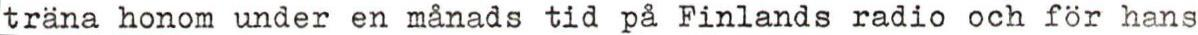
träna honom under en månads tid på Finlands radio och för hans